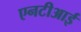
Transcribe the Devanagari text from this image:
एनटीआई